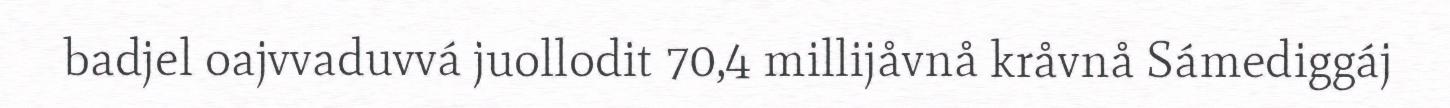
badjel oajvvaduvvá juollodit 70,4 millijåvnå kråvnå Sámediggáj